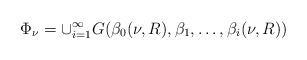
LaTeX: \begin{align*} \Phi_{\nu}=\cup_{i=1}^{\infty}G(\beta_0(\nu,R),\beta_1,\ldots,\beta_i(\nu,R)) \end{align*}